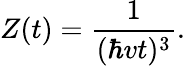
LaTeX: Z(t)={\frac{1}{(\hbar vt)^{3}}}.